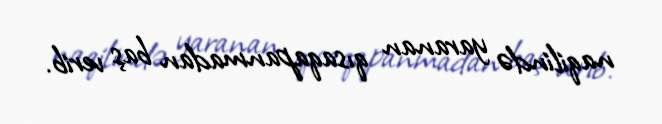
naqilində yaranan qısaqapanmadan baş verib.